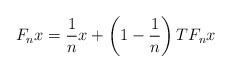
LaTeX: \begin{align*}F_{n}x=\frac{1}{n}x+\left( 1-\frac{1}{n}\right) TF_{n}x \end{align*}